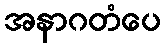
အနာဂတံပေ